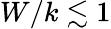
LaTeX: W/k\lesssim 1